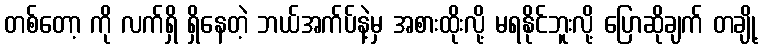
တစ်တော့ ကို လက်ရှိ ရှိနေတဲ့ ဘယ်အက်ပ်နဲ့မှ အစားထိုးလို့ မရနိုင်ဘူးလို့ ပြောဆိုချက် တချို့